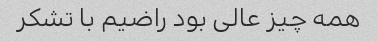
همه چیز عالی بود راضیم با تشکر